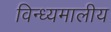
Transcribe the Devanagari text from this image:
विन्ध्यमालीय